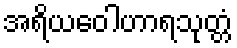
အရိယဝေါဟာရသုတ္တံ